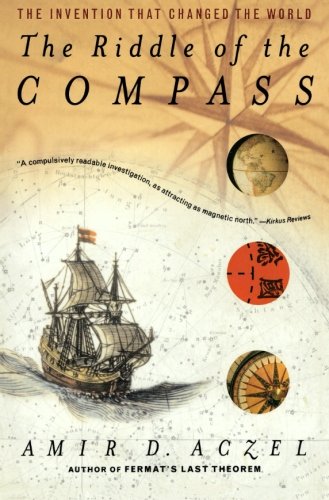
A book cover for The Riddle of the Compass: The Invention that Changed the World; Amir D. Aczel; Science & Math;